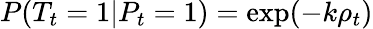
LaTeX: P(T_{t}=1|P_{t}=1)=\exp(-k\rho_{t})